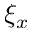
\xi _ { x }